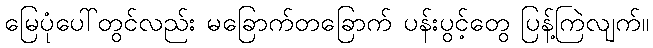
မြေပုံပေါ်တွင်လည်း မခြောက်တခြောက် ပန်းပွင့်တွေ ပြန့်ကြဲလျက်။